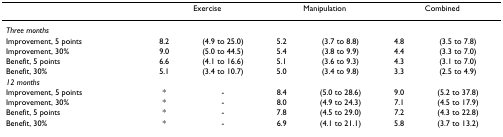
<table><thead><tr><td></td><td colspan="2"><b>Exercise</b></td><td colspan="2"><b>Manipulation</b></td><td colspan="2"><b>Combined</b></td></tr></thead><tbody><tr><td><i>Three months</i></td><td></td><td></td><td></td><td></td><td></td><td></td></tr><tr><td>Improvement, 5 points</td><td>8.2</td><td>(4.9 to 25.0)</td><td>5.2</td><td>(3.7 to 8.8)</td><td>4.8</td><td>(3.5 to 7.8)</td></tr><tr><td>Improvement, 30%</td><td>9.0</td><td>(5.0 to 44.5)</td><td>5.4</td><td>(3.8 to 9.9)</td><td>4.4</td><td>(3.3 to 7.0)</td></tr><tr><td>Benefit, 5 points</td><td>6.6</td><td>(4.1 to 16.6)</td><td>5.1</td><td>(3.6 to 9.3)</td><td>4.3</td><td>(3.1 to 7.0)</td></tr><tr><td>Benefit, 30%</td><td>5.1</td><td>(3.4 to 10.7)</td><td>5.0</td><td>(3.4 to 9.8)</td><td>3.3</td><td>(2.5 to 4.9)</td></tr><tr><td><i>12 months</i></td><td></td><td></td><td></td><td></td><td></td><td></td></tr><tr><td>Improvement, 5 points</td><td>*</td><td>-</td><td>8.4</td><td>(5.0 to 28.6)</td><td>9.0</td><td>(5.2 to 37.8)</td></tr><tr><td>Improvement, 30%</td><td>*</td><td>-</td><td>8.0</td><td>(4.9 to 24.3)</td><td>7.1</td><td>(4.5 to 17.9)</td></tr><tr><td>Benefit, 5 points</td><td>*</td><td>-</td><td>7.8</td><td>(4.5 to 29.0)</td><td>7.2</td><td>(4.3 to 22.8)</td></tr><tr><td>Benefit, 30%</td><td>*</td><td>-</td><td>6.9</td><td>(4.1 to 21.1)</td><td>5.8</td><td>(3.7 to 13.2)</td></tr></tbody></table>